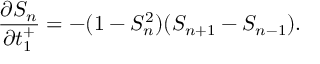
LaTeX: \frac { \partial S _ { n } } { \partial t _ { 1 } ^ { + } } = - ( 1 - S _ { n } ^ { 2 } ) ( S _ { n + 1 } - S _ { n - 1 } ) .